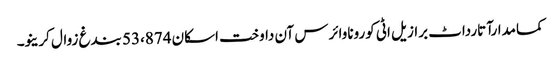
کمامدارآتارداٹ برازیل اٹی کوروناوائرس آن داوخت اسکان 53،874 بندغ زوال کرینو۔